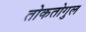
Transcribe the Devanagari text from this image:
तोकतोगुल